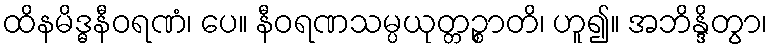
ထိနမိဒ္ဓနီဝရဏံ၊ ပေ။ နီဝရဏသမ္ပယုတ္တဉ္စာတိ၊ ဟူ၍။ အဘိန္ဒိတွာ၊